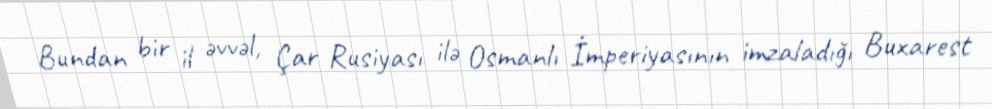
Bundan bir il əvvəl, Çar Rusiyası ilə Osmanlı İmperiyasının imzaladığı Buxarest